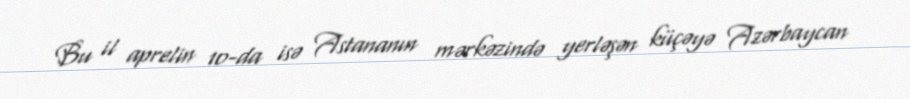
Bu il aprelin 10-da isə Astananın mərkəzində yerləşən küçəyə Azərbaycan